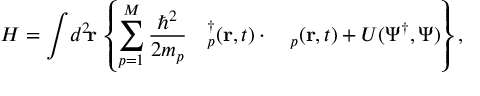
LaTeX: H = \int \! d ^ { 2 } \! { \bf r } \, \left\{ \sum _ { p = 1 } ^ { M } \frac { \hbar ^ { 2 } } { 2 m _ { p } } \mathrm { \boldmath ~ \Pi ~ } _ { p } ^ { \dagger } ( { \bf r } , t ) \cdot \mathrm { \boldmath ~ \Pi ~ } _ { p } ( { \bf r } , t ) + U ( \Psi ^ { \dagger } , \Psi ) \right\} ,